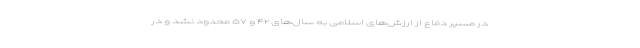
در مسیر دفاع از ارزش‌های اسلامی به سال‌های ۴۲ و ۵۷ محدود نشد و در